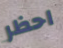
احظر